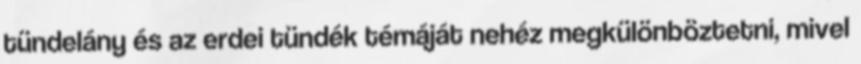
tündelány és az erdei tündék témáját nehéz megkülönböztetni, mivel